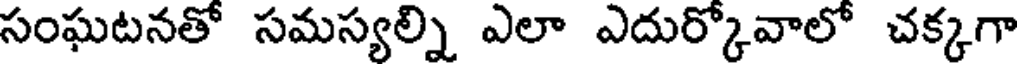
సంఘటనతో సమస్యల్ని ఎలా ఎదుర్కోవాలో చక్కగా